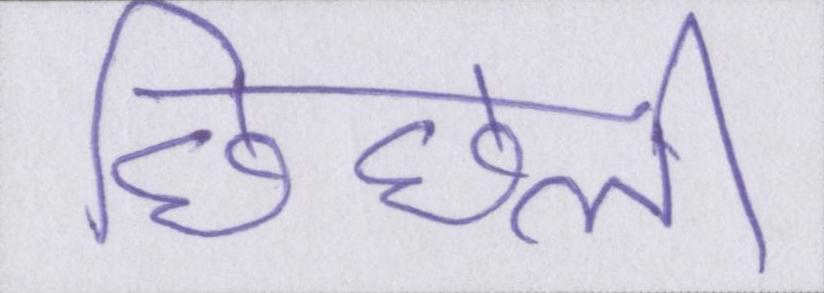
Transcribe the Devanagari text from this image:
छिछली